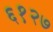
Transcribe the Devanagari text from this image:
६१२७